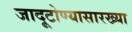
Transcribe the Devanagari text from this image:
जादूटोण्यासारख्या